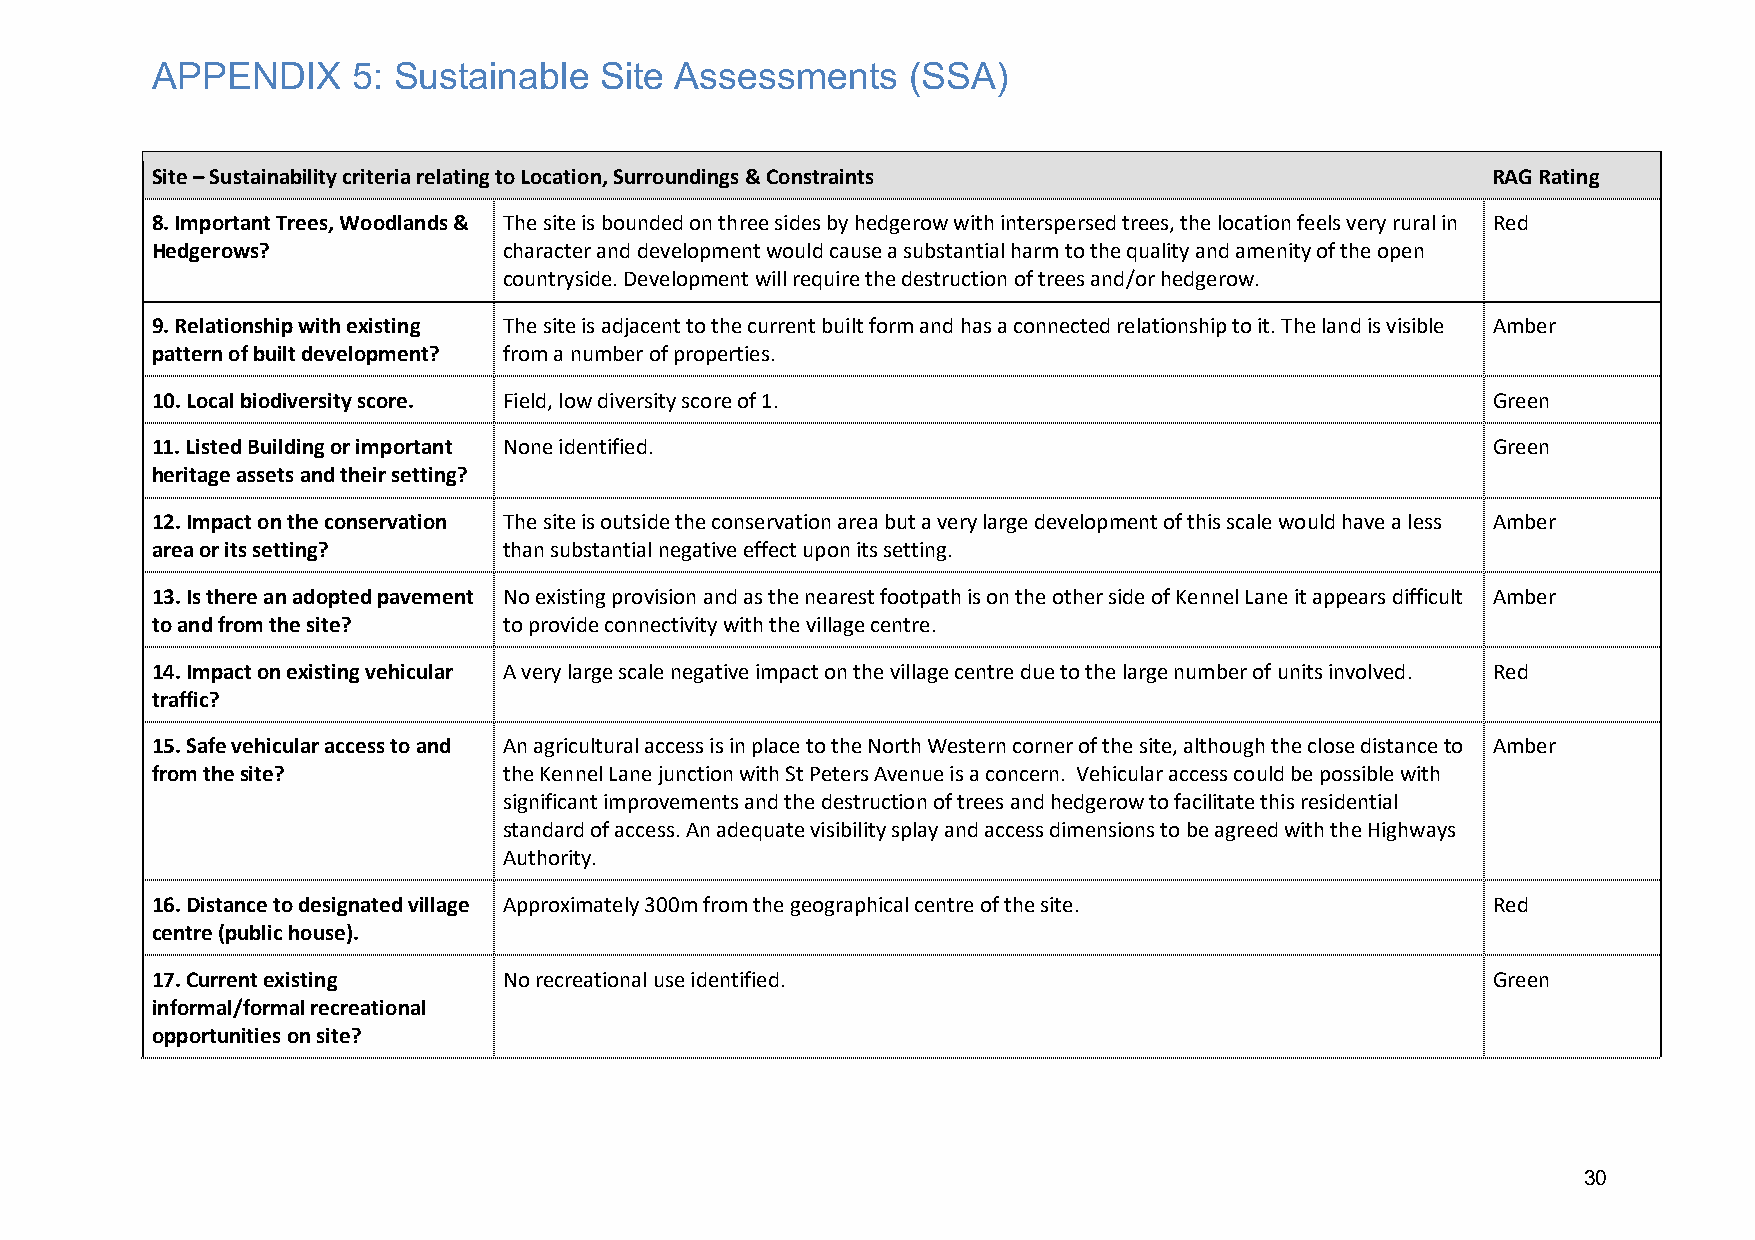
APPENDIX     5: Sustainable   Site Assessments    (SSA)
 Site – Sustainability criteria relating to Location, Surroundings & Constraints          RAG Rating
 8. Important Trees, Woodlands & The site is bounded on three sides by hedgerow with interspersed trees, the location feels very rural in Red
 Hedgerows?             character and development would cause a substantial harm to the quality and amenity of the open
 countryside. Development will require the destruction of trees and/or hedgerow.
 9. Relationship with existing The site is adjacent to the current built form and has a connected relationship to it. The land is visible Amber
 pattern of built development? from a number of properties.
 10. Local biodiversity score. Field, low diversity score of 1.                           Green
 11. Listed Building or important None identified.                                        Green
 heritage assets and their setting?
 12. Impact on the conservation The site is outside the conservation area but a very large development of this scale would have a less Amber
 area or its setting?   than substantial negative effect upon its setting.
 13. Is there an adopted pavement No existing provision and as the nearest footpath is on the other side of Kennel Lane it appears difficult Amber
 to and from the site?  to provide connectivity with the village centre.
 14. Impact on existing vehicular A very large scale negative impact on the village centre due to the large number of units involved. Red
 traffic?
 15. Safe vehicular access to and An agricultural access is in place to the North Western corner of the site, although the close distance to Amber
 from the site?         the Kennel Lane junction with St Peters Avenue is a concern. Vehicular access could be possible with
 significant improvements and the destruction of trees and hedgerow to facilitate this residential
 standard of access. An adequate visibility splay and access dimensions to be agreed with the Highways
 Authority.
 16. Distance to designated village Approximately 300m from the geographical centre of the site. Red
 centre (public house).
 17. Current existing   No recreational use identified.                                   Green
 informal/formal recreational
 opportunities on site?
 30